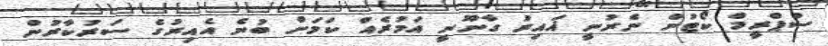
ސުޕްރީމް ކޯޓުން ނެރުނީ ޣައިރު ގާނޫނީ އަމުރެއް ކަމަށް ބުނެ އެއިރުގެ ސަރުކާރުން